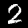
Digit: 2